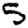
Digit: 5